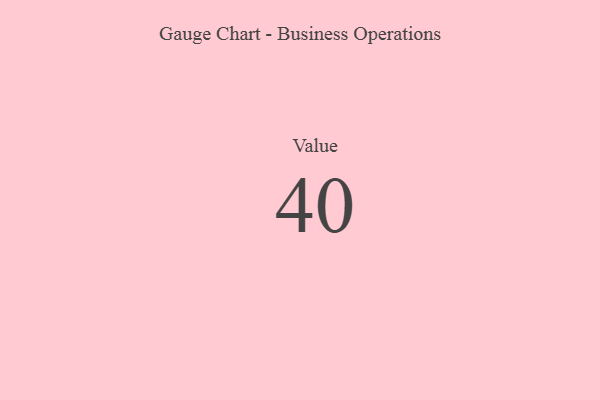
{"axis": {"x": "Metric", "y": "Value"}, "legend": [""], "data": [{"x": "Value", "y": 40, "type": ""}]}